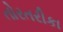
તોરતરીકા